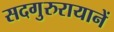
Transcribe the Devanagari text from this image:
सदगुरुरायानें